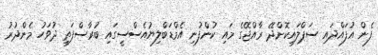
ފެން އުފައްދައި ސަޕްލައިކޮށްދޭ ރާއްޖޭގެ މައި ކުންފުނި އެމްޑަބްލިޔުއެސްސީގައި ބުރާސްފަތި ދުވަހު މެންދުރު